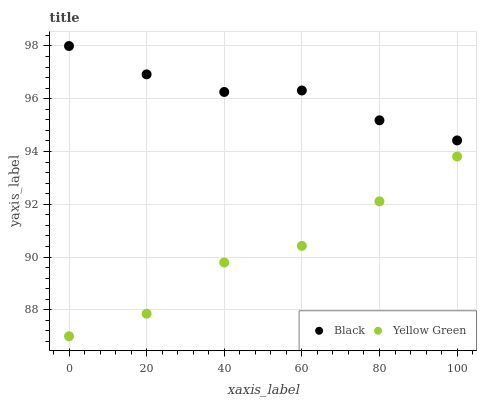
| xaxis_label | Black | Yellow Green |
 | --- | --- | --- |
 | 0 | 98 | 87 |
 | 20 | 96.9 | 87.9 |
 | 40 | 96.3 | 89.8 |
 | 60 | 96.3 | 90.4 |
 | 80 | 95.2 | 92.1 |
 | 100 | 94.4 | 93.8 |